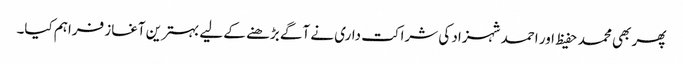
پھر بھی محمد حفیظ اور احمد شہزاد کی شراکت داری نے آگے بڑھنے کے لیے بہترین آغاز فراہم کیا۔